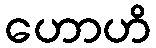
ဟောဟိ